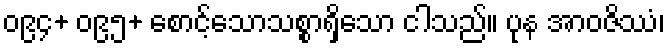
၀၉၄+ ၀၉၅+ စောင့်သောသစ္စာရှိသော ငါသည်။ ပုန အာဝဇိဿံ၊